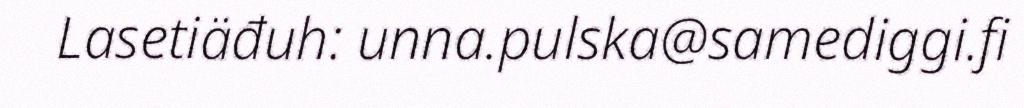
Lasetiäđuh: unna.pulska@samediggi.fi